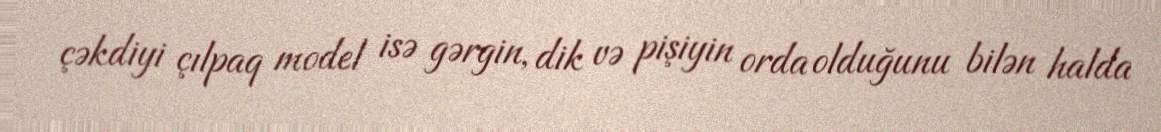
çəkdiyi çılpaq model isə gərgin, dik və pişiyin orda olduğunu bilən halda